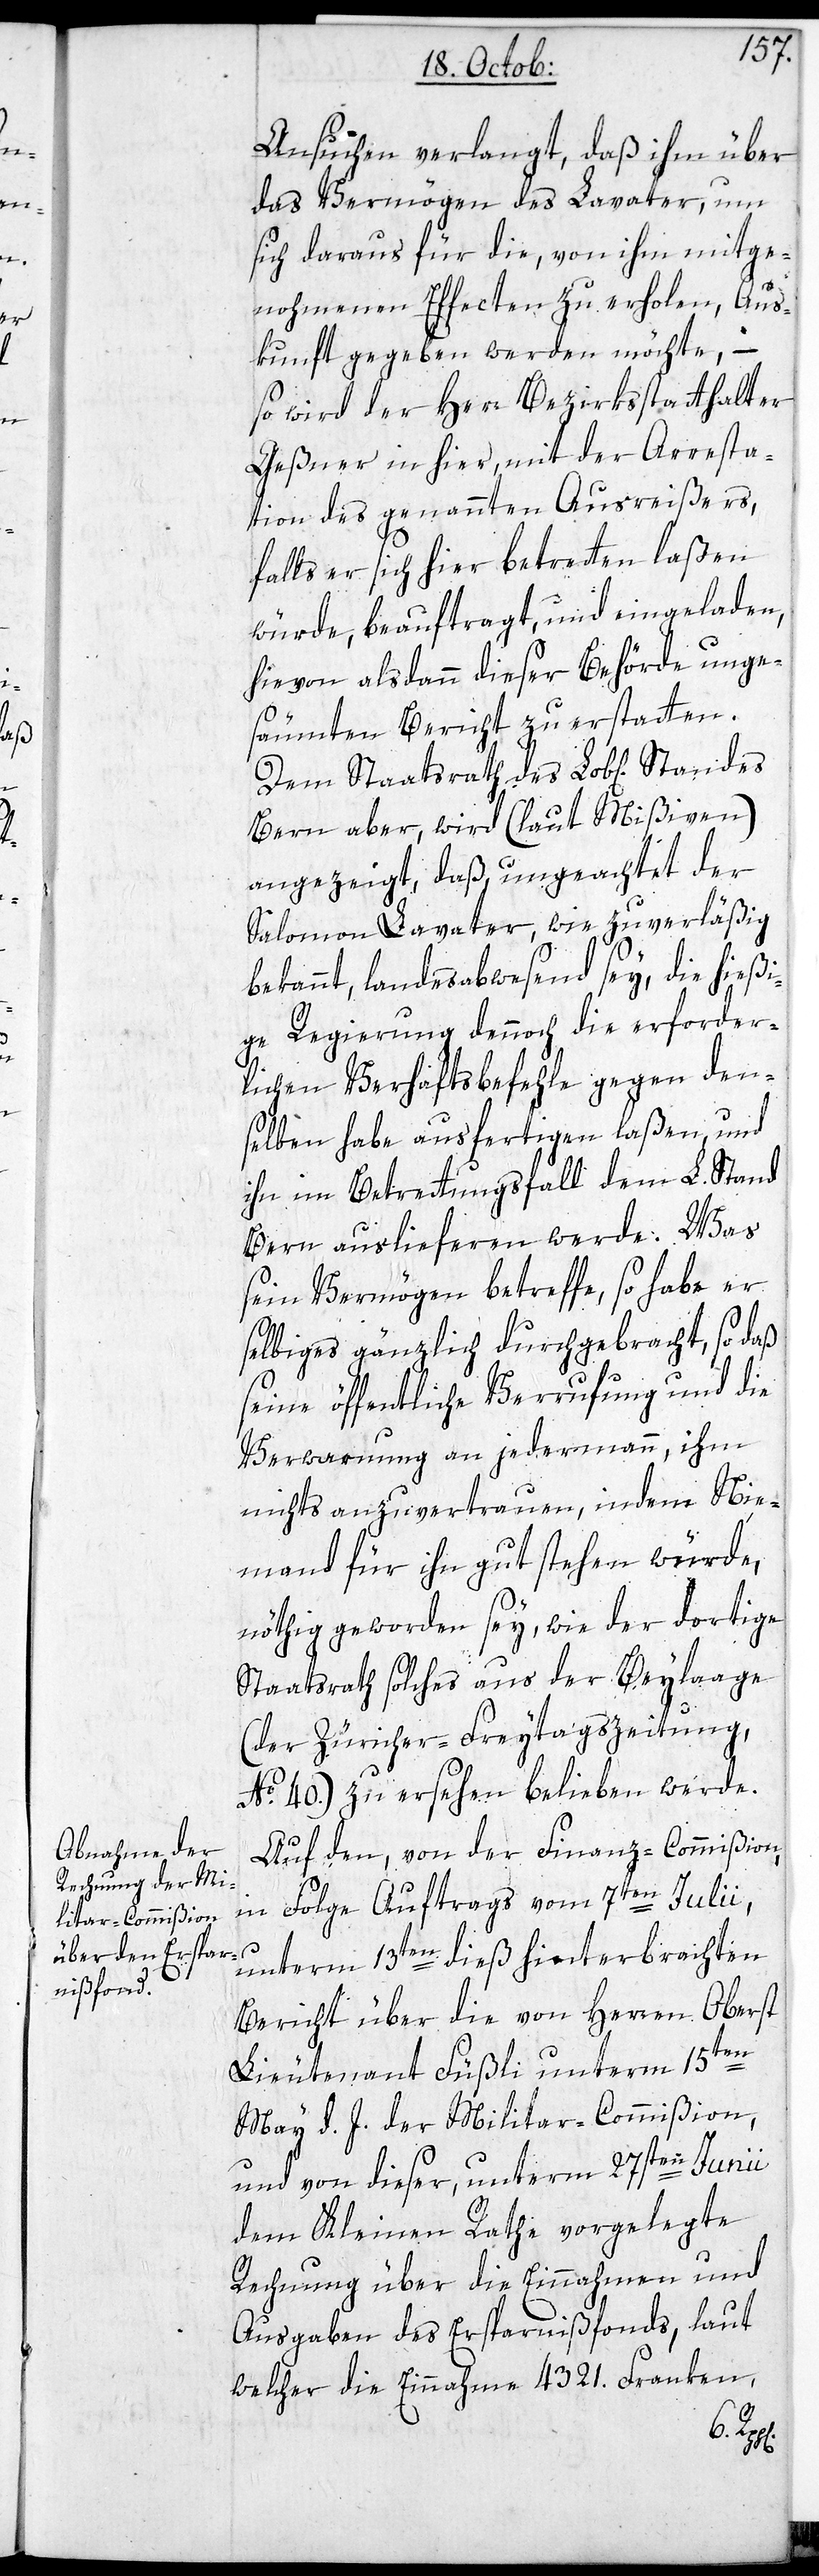
Ansuchen verlangt, daß ihm über
das Vermögen des Lavater, um
sich daraus für die, von ihm mitge¬
nohmenen Effecten zu erholen, Aus¬
kunft gegeben werden möchte, –
so wird der Herr Bezirksstatthalter
Geßner in hier, mit der Arresta¬
tion des genannten Ausreißers,
falls er sich hier betretten laßen
würde, beauftragt und eingeladen,
hievon alsdann dieser Behörde unge¬
säumten Bericht zu erstatten.
Dem Staatsrath des Lobl[ichen]
Bern aber wird (laut Mißiven)
angezeigt, daß ungeachtet der
Salomon Lavater, wie zuverläßig
bekannt, landesabwesend sey, die hießi¬
ge Regierung dennoch die erforder¬
lichen Verhaftsbefehle gegen den¬
selben habe ausfertigen laßen, und
ihn im Betrettungsfall dem L. Stand
Bern auslieferen werde. Was
sein Vermögen betreffe, so habe er
selbiges gänzlich durchgebracht, so daß
seine öffentliche Verrufung und die
Verwarnung an jedermann, ihm
nichts anzuvertrauen, indem nie¬
mand für ihn gut stehen würde,
nöthig geworden sey, wie der dortige
Staatsrath solches aus der Beylaage
(der Züricher-Freytagszeitung
№. 40) zu ersehen belieben werde.
Auf den, von der Finanz-Commißion,
in Folge Auftrags vom 7ten Julii,
unterm 13ten dieß hinterbrachten
Bericht über die von Herren Oberst
Lieutenant Füßli unterm 15ten
May d. J. der Militar-Commißion,
und von dieser unterm 27sten Junii
dem Kleinen Rathe vorgelegte
Rechnung über die Einnahmen und
Ausgaben des Ersparnißfonds, laut
welcher die Einnahme 4321. Franken,